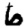
Digit: 6